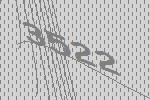
3522